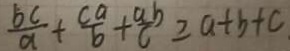
\frac { b C } { a } + \frac { c a } { b } + \frac { a b } { c } \geq a + b + c